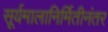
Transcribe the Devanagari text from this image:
सूर्यमालानिर्मितीनंतर